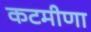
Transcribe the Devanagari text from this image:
कटमीणा